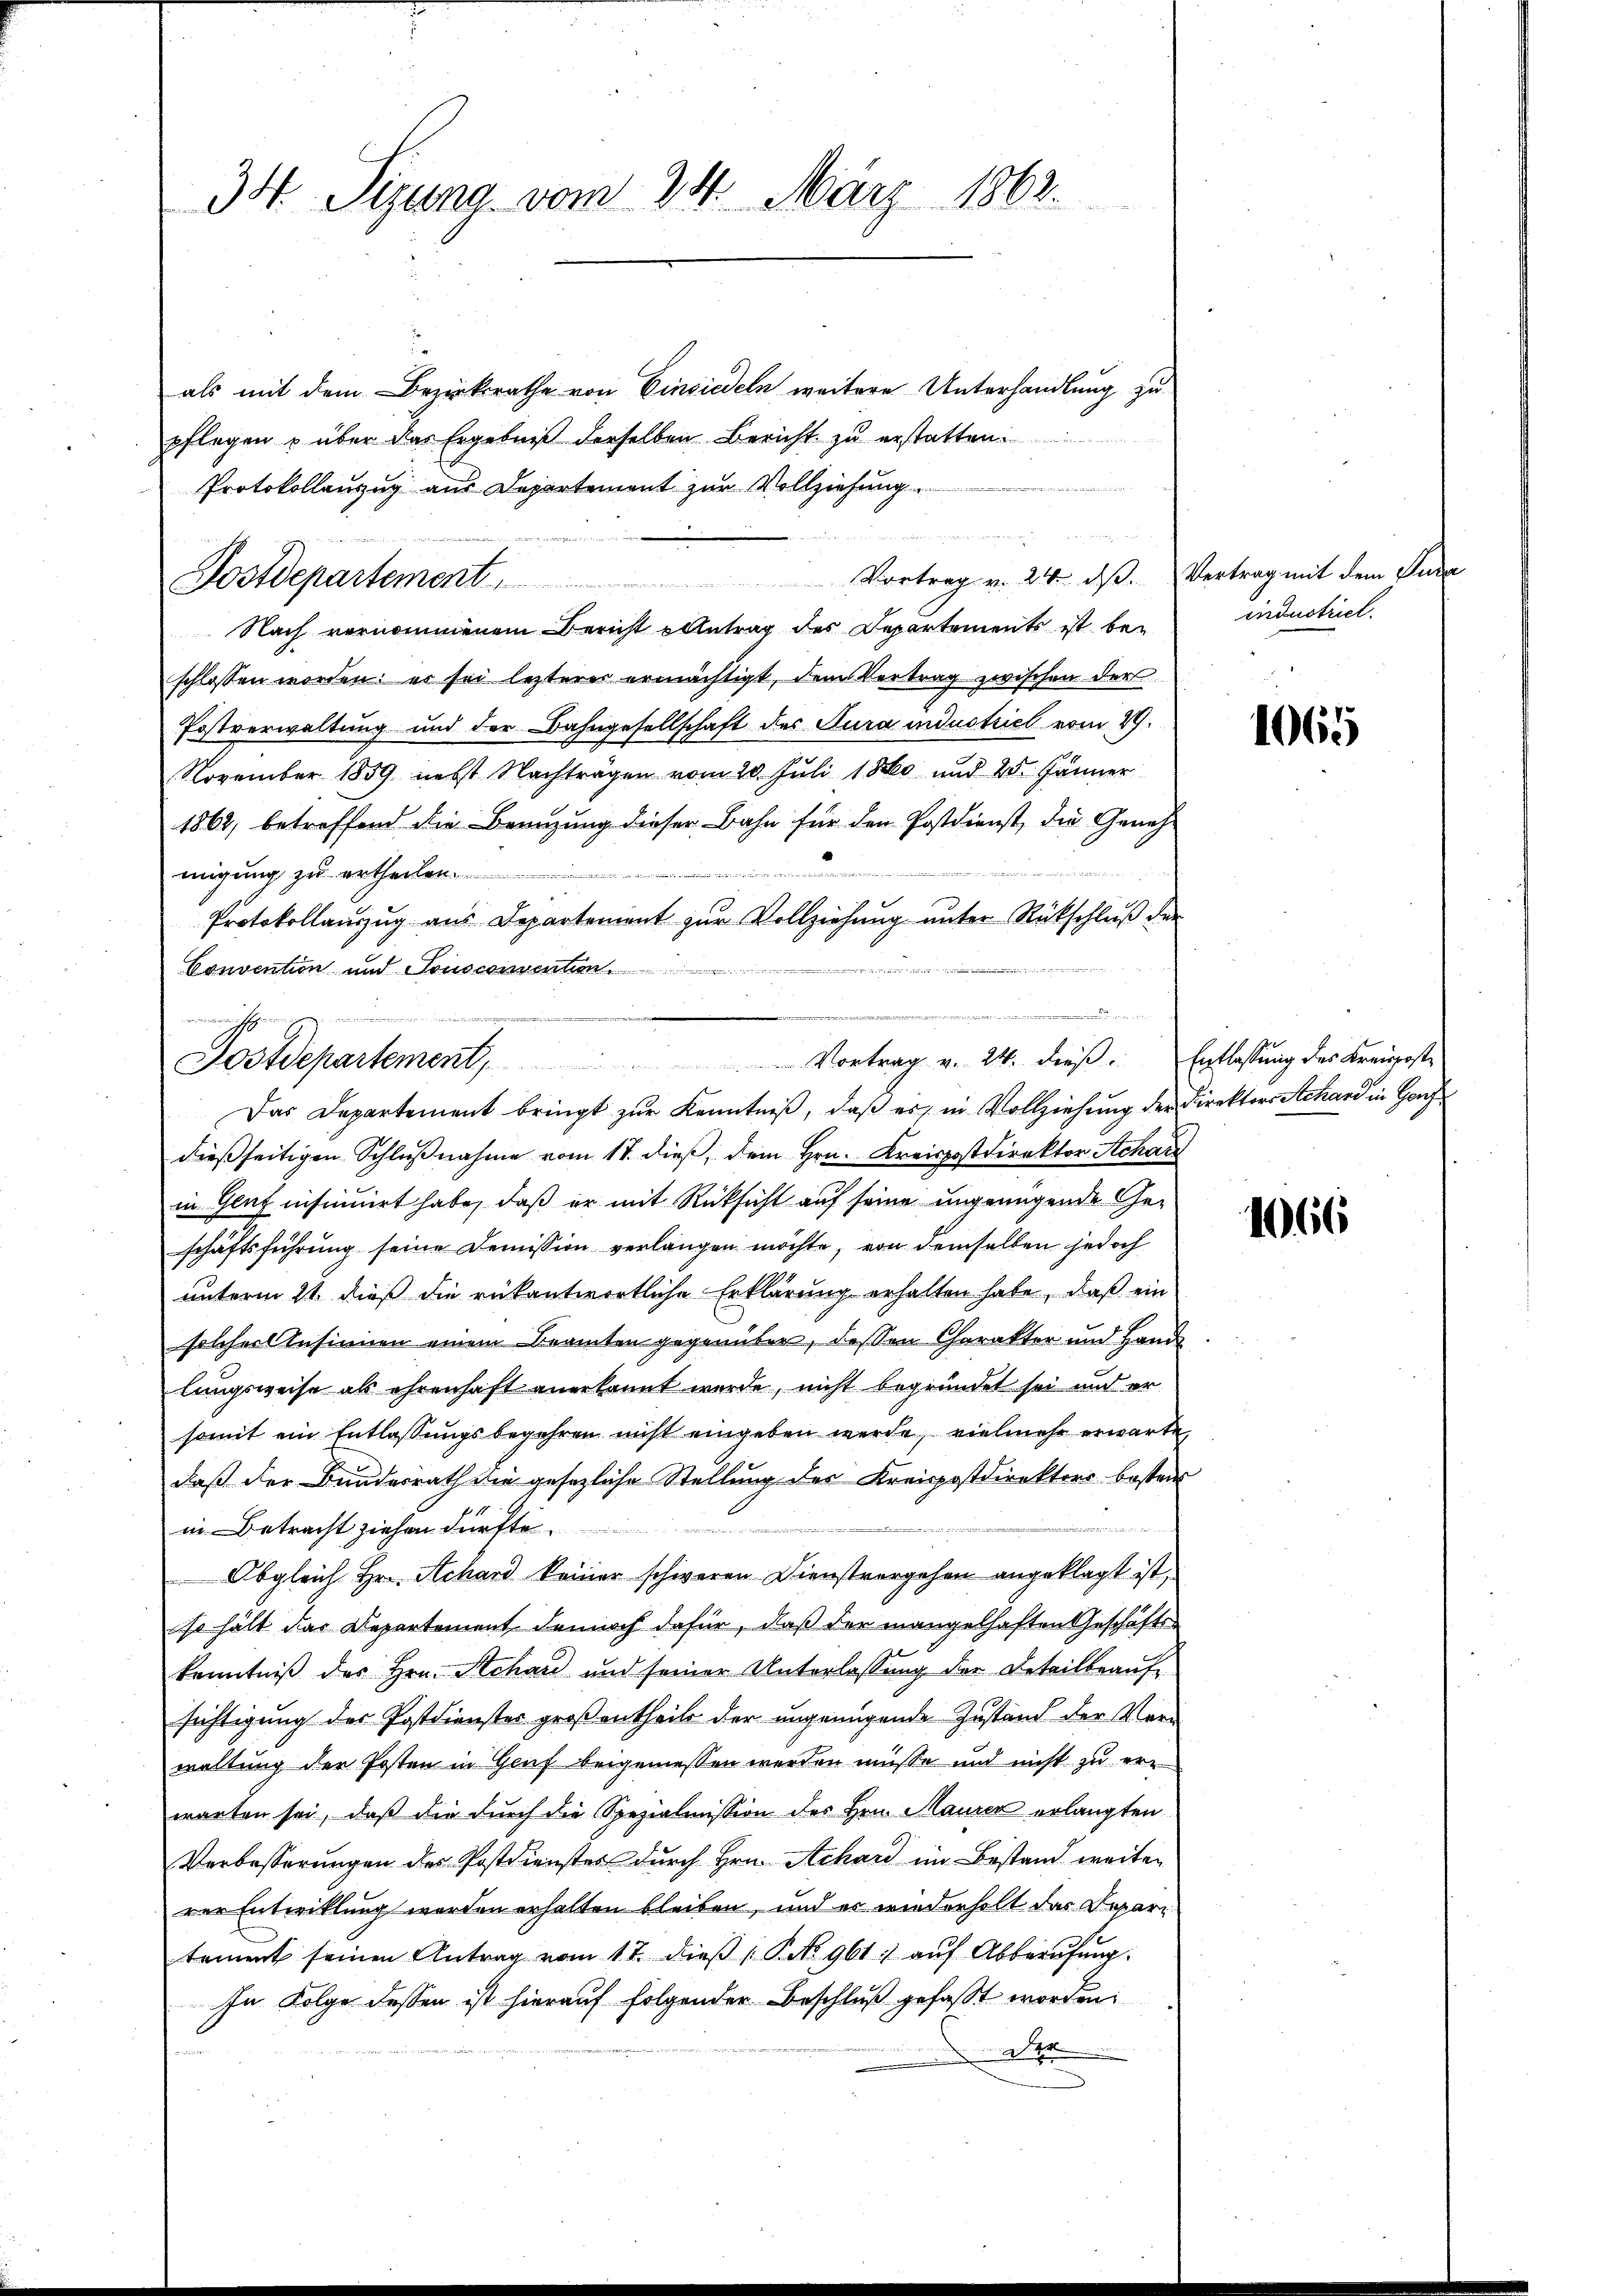
34. Sizung vom 24. März 1862.

Postdepartement

als mit dem Bezirksrathe von Einsiedeln weitere Unterhandlung zu
pflegen u über das Ergebniß derselben Bericht zu erstatten.
Protokollauszug aus Departement zur Vollziehung
Nach vernommenem Bericht Antrag des Departements ist beschlossen worden: er sei lezterer ermächtigt, dem Vertrag zwischen der
Postverwaltung und der Bahngesellschaft des Jura industriel vom 29.
November 1859 nebst Nachträgen vom 20. Juli 1880 und 28 Jänner
1862, betreffend die Benuzung dieser Bahn für den Postdienst, die Genehd
migung zu ertheilen.
Protokollaŭszŭg aŭs Departement zŭr Vollziehŭng ŭnter Rückschlŭβ der
Convention und Sonsconventen

Vortrag v. 24. dβ. Vertrag mit dem Para

Postdepartement, Vortrag v. 24. dieß. Entlassung des Kreisposte

Das Departement bringt zŭr Kenntniβ, daβ er in Vollziehung der Direktors Schard in Genf
dießseitigen Schlŭβnahme vom 18. dieß, dem Hrn. Kreispostdirektor Schar
in Genf insinuirt habe, daß er mit Rücksicht auf seine ungenügende Geschaftsführung seine Demission verlangen möchte, von demselben jedoch
unterm 21. dieß die rükantwortliche Erklärung erhalten habe, daß ein
solcher Insinnen einem Beamten gegenüber, dessen Charakter und Hand
lungsweise als ehrenhaft anerkannt werde, nicht begründet sei und er
somit ein Entlassungsbegehren nicht eingeben werde, vielmehr erwarte,
daß der Bundesrath die gesezliche Stellung des Kreispostdirektors bester
A
in Betracht ziehen dürfte.
Obgleich Hrn. Achard keiner schweren Dienstvergehen angeklagt ist,
so hält das Departement dennoch dafür, daß der mangelhaften Geschäftskenntniß des Hrn. Schau und seiner Unterlassung der Detailbeaufsichtigung des Postdienster großentheils der ungenügende Zustand der Verwaltung der Posten in Genf beigemessen werden müsse und nicht zu erwarten sei, daß die durch die Spezialmission des Hrn. Maurer erlangten
Verbesserungen der Postdienster durch Hrn. Achard im Bestand weiten
rer Entwicklung worden erhalten bleiben, und es wiederholt das Departement seinen Antrag vom 17. dieβ (P.No 961. aŭf Abberufung.
In Folge dessen ist hierauf folgender Beschluß gefaßt worden.
Ne

industriel

1065

1066